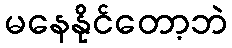
မနေနိုင်တော့ဘဲ